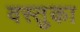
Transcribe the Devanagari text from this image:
वस्‍तुका